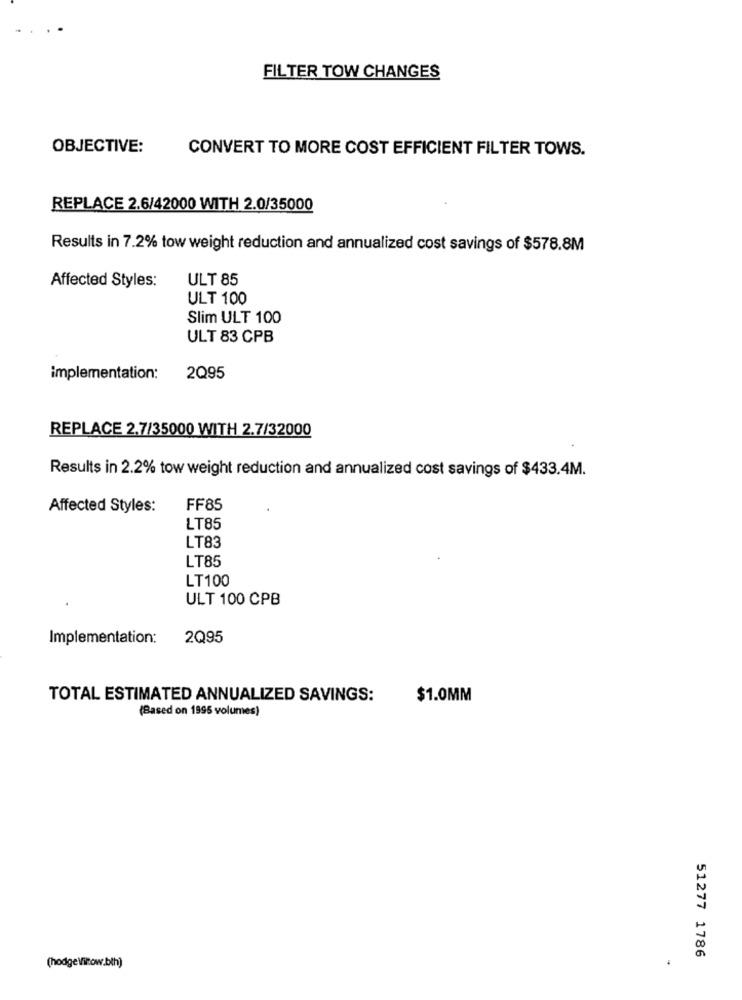
FILTER TOW CHANGES
OBJECTIVE:
CONVERT TO MORE COST EFFICIENT FILTER TOWS.
REPLACE 2.6/42000 WITH 2.0/35000
Results in 7.2% tow weight reduction and annualized cost savings of $578.8M
Affected Styles:
ULT 85
ULT 100
Slim ULT 100
ULT 83 CPB
implementation:
2Q95
REPLACE 2.7/35000 WITH 2.7/32000
Results in 2.2% tow weight reduction and annualized cost savings of $433.4M.
Affected Styles:
FF85
LT85
LT83
LT85
LT100
ULT 100 CPB
Implementation:
2Q95
TOTAL ESTIMATED ANNUALIZED SAVINGS:
$1.0MM
(Based on 1995 volumes)
(hodgeVitow.bth)
51277 1786